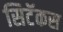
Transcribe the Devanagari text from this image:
सिटॅकस